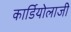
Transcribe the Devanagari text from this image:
कार्डियोलाजी